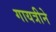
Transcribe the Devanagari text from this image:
गायत्रीने